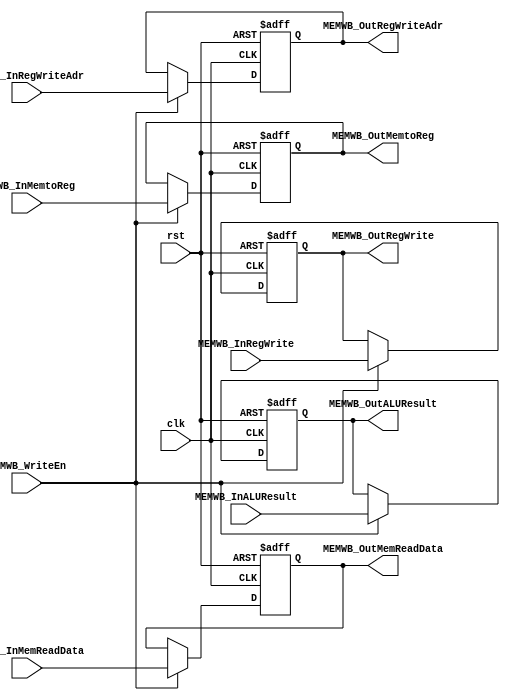
module MEM_WB (clk, rst, MEMWB_InMemReadData, MEMWB_InALUResult, MEMWB_InRegWriteAdr, 
				MEMWB_InMemtoReg, MEMWB_InRegWrite, 
				MEMWB_OutMemReadData, MEMWB_OutALUResult, MEMWB_OutRegWriteAdr, 
				MEMWB_OutMemtoReg, MEMWB_OutRegWrite, 
				MEMWB_WriteEn );

//input
	input				clk;
	input				rst;
	input [31:0]		MEMWB_InMemReadData;
	input [31:0]		MEMWB_InALUResult;
	input [4:0]			MEMWB_InRegWriteAdr;

////MEM_WB
	input				MEMWB_InMemtoReg;		//MemtoReg
	input				MEMWB_InRegWrite;		//RegWrite

	input				MEMWB_WriteEn;

//output
	output reg [31:0]	MEMWB_OutMemReadData;
	output reg [31:0]	MEMWB_OutALUResult;
	output reg [4:0]	MEMWB_OutRegWriteAdr;

////MEM_WB
	output reg			MEMWB_OutMemtoReg;		//MemtoReg
	output reg			MEMWB_OutRegWrite;		//RegWrite

	always @(posedge clk or posedge rst) begin
		if ( rst ) begin
			MEMWB_OutMemReadData = 32'd0;
			MEMWB_OutALUResult = 32'd0;
			MEMWB_OutRegWriteAdr = 5'd0;
			MEMWB_OutMemtoReg = 1'd0;
			MEMWB_OutRegWrite = 1'd0;
		end	// end if
		else begin
			if ( MEMWB_WriteEn ) begin
				MEMWB_OutMemReadData = MEMWB_InMemReadData;
				MEMWB_OutALUResult = MEMWB_InALUResult;
				MEMWB_OutRegWriteAdr = MEMWB_InRegWriteAdr;
				MEMWB_OutMemtoReg = MEMWB_InMemtoReg;
				MEMWB_OutRegWrite = MEMWB_InRegWrite;
			end	// end else if
		end	// end else
	end	// end always

endmodule